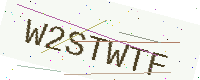
Text: W2STWTF